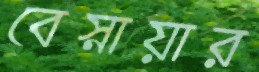
বেস্নায়ার